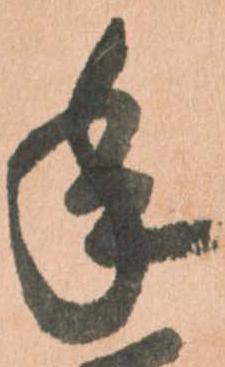
年